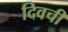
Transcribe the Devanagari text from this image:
दिवची